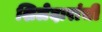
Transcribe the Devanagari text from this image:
शिलेदारांची